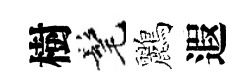
樹髦鸝遐